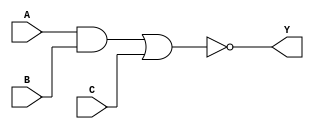
module AOI21X1 (A, B, C, Y);
input  A ;
input  B ;
input  C ;
output Y ;

   and (I0_out, A, B);
   or  (I1_out, I0_out, C);
   not (Y, I1_out);

   specify
     // delay parameters
     specparam
       tplhl$A$Y = 0.11:0.11:0.11,
       tphlh$A$Y = 0.12:0.12:0.12,
       tplhl$B$Y = 0.11:0.11:0.11,
       tphlh$B$Y = 0.11:0.11:0.11,
       tplhl$C$Y = 0.11:0.12:0.13,
       tphlh$C$Y = 0.069:0.085:0.1;

     // path delays
     (A *> Y) = (tphlh$A$Y, tplhl$A$Y);
     (B *> Y) = (tphlh$B$Y, tplhl$B$Y);
     (C *> Y) = (tphlh$C$Y, tplhl$C$Y);

   endspecify

endmodule